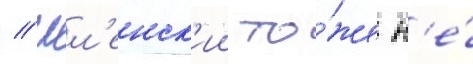
// Шл'енск'ии то́же н'е́